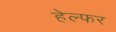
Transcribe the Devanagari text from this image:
हेल्फर